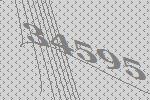
34595